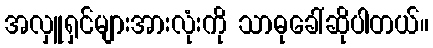
အလှူရှင်များအားလုံးကို သာဓုခေါ်ဆိုပါတယ်။